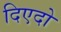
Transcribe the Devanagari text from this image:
दिएदो